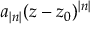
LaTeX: a _ { | n | } ( z - z _ { 0 } ) ^ { | n | }